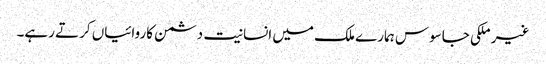
غیر ملکی جاسوس ہمارے ملک میں انسانیت دشمن کاروائیاں کرتے رہے۔